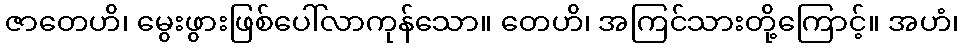
ဇာတေဟိ၊ မွေးဖွားဖြစ်ပေါ်လာကုန်သော။ တေဟိ၊ အကြင်သားတို့ကြောင့်။ အဟံ၊